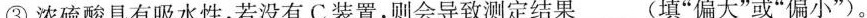
③浓硫酸具有吸水性，若没有C装置，则会导致测定结果___(填”偏大”或”偏小”)。